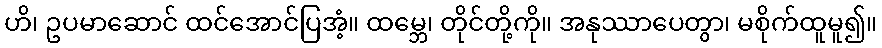
ဟိ၊ ဥပမာဆောင် ထင်အောင်ပြအံ့။ ထမ္ဘေ၊ တိုင်တို့ကို။ အနုဿာပေတွာ၊ မစိုက်ထူမူ၍။